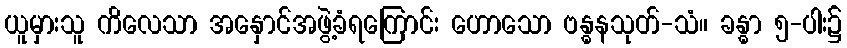
ယူမှားသူ ကိလေသာ အနှောင်အဖွဲ့ခံရကြောင်း ဟောသော ဗန္ဓနသုတ်-သံ။ ခန္ဓာ ၅-ပါး၌